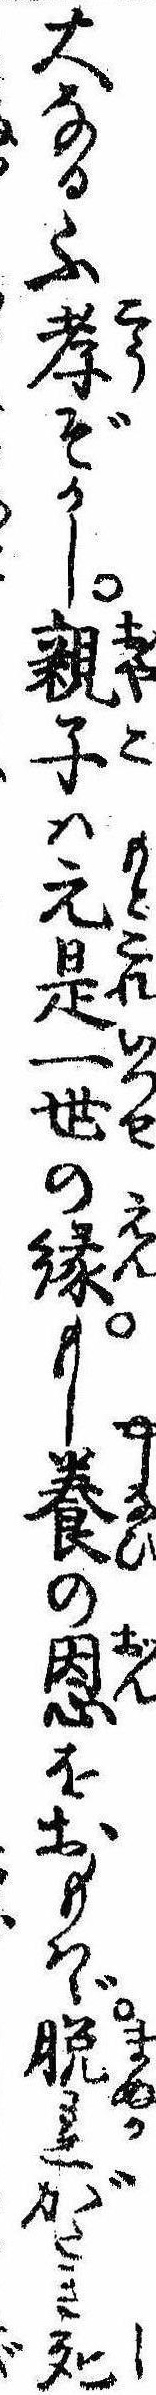
大なる不孝ぞかし親子は元是一世の縁もし養の恩をおもはゞ脱れがたき死